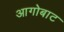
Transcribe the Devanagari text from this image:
आगोबाट